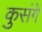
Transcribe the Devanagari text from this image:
कुसंगें